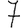
Digit: 7